画像に写った文字を読んでください
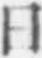
「日」と書いてあります